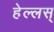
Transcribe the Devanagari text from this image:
हेल्लस्